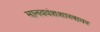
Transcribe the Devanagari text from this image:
मानववंशशास्त्रावर